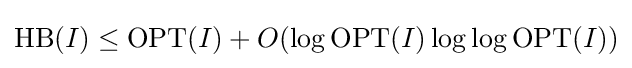
\mathrm {HB} (I)\leq \mathrm {OPT} (I)+O(\log {\mathrm {OPT} (I)}\log \log {\mathrm {OPT} (I)})